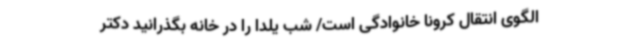
الگوی انتقال کرونا خانوادگی است/ شب یلدا را در خانه بگذرانید دکتر